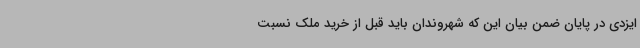
ایزدی در پایان ضمن بیان این که شهروندان باید قبل از خرید ملک نسبت